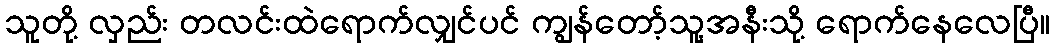
သူတို့ လှည်း တလင်းထဲရောက်လျှင်ပင် ကျွန်တော့်သူ့အနီးသို့ ရောက်နေလေပြီ။